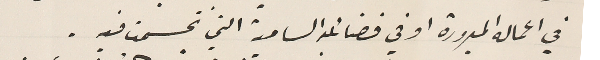
في اعماله المبرورة او في فضائله السامية التي تجسمت فيه.